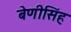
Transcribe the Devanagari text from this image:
बेणीसिंह